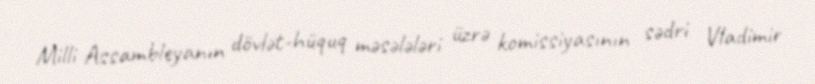
Milli Assambleyanın dövlət-hüquq məsələləri üzrə komissiyasının sədri Vladimir